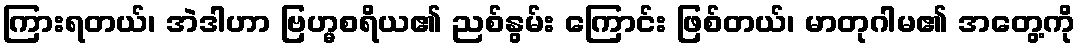
ကြားရတယ်၊ အဲဒါဟာ ဗြဟ္မစရိယ၏ ညစ်နွမ်း ကြောင်း ဖြစ်တယ်၊ မာတုဂါမ၏ အတွေ့ကို